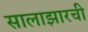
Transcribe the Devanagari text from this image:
सालाझारची